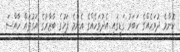
ކޮންމެ ދުވަހެއްގެ ހަބަރު ގަޑީގައި އެދުވަހެއްގެ އެންމެ ފަހުގެ ބާޒާރުގެ އަގުތައް ހާއްސަ